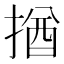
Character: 揂